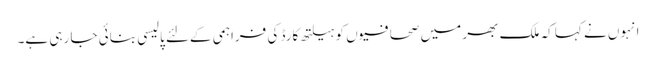
انہوں نے کہا کہ ملک بھر میں صحافیوں کو ہیلتھ کارڈ کی فراہمی کےلئے پالیسی بنائی جا رہی ہے۔